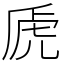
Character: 虒